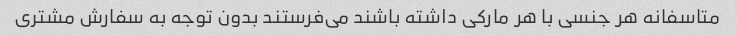
متاسفانه هر جنسی با هر مارکی داشته باشند می‌فرستند بدون توجه به سفارش مشتری